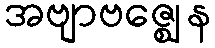
အဗျာဗဇ္ဈေန